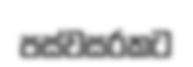
පස්වසරකට